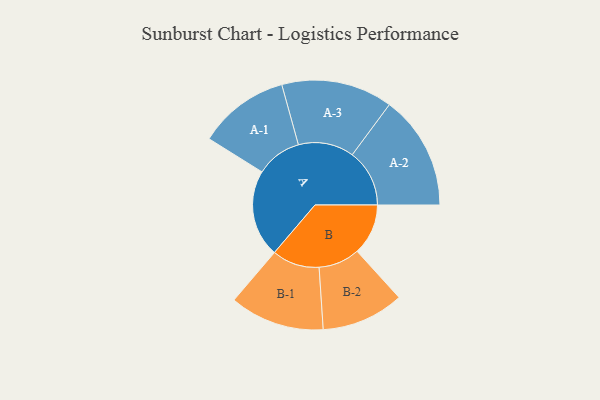
{"axis": {"x": "Segment", "y": "Value"}, "legend": ["", "A", "B"], "data": [{"x": "A", "y": 381, "type": ""}, {"x": "B", "y": 223, "type": ""}, {"x": "A-1", "y": 199, "type": "A"}, {"x": "A-2", "y": 250, "type": "A"}, {"x": "A-3", "y": 243, "type": "A"}, {"x": "B-1", "y": 207, "type": "B"}, {"x": "B-2", "y": 180, "type": "B"}]}